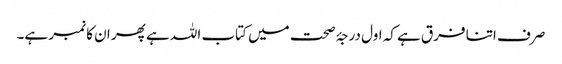
صرف اتنا فرق ہے کہ اول درجۂ صحت میں کتاب اللہ ہے پھر ان کا نمبر ہے۔